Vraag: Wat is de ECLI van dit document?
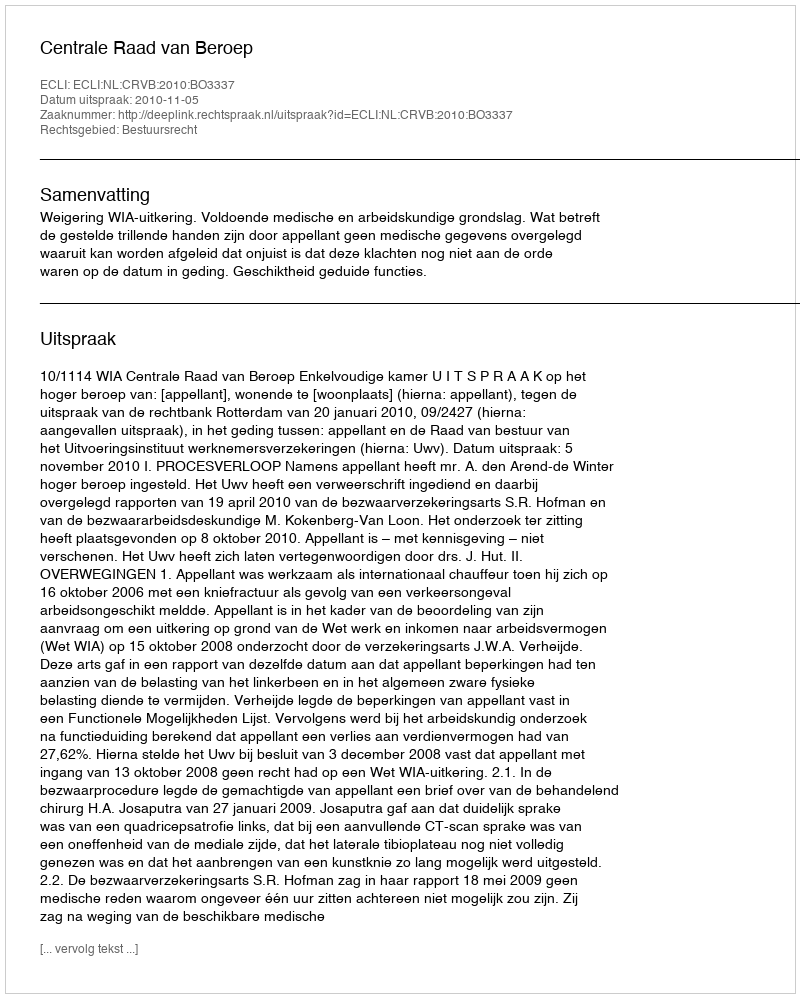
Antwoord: ECLI:NL:CRVB:2010:BO3337